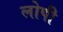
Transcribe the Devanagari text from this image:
लोपी